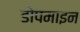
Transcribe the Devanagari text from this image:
डोपमाइन